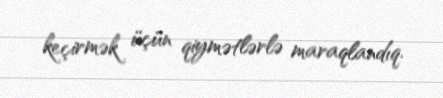
keçirmək üçün qiymətlərlə maraqlandıq.